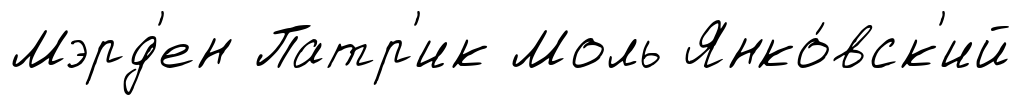
Мэрд'ен Патр'ик Моль Янко́вск'ий